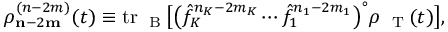
\rho _ { { \bf n } - 2 { \bf m } } ^ { ( n - 2 m ) } ( t ) \equiv \mathrm { t r } _ { \mathrm { ~ \tiny ~ B ~ } } \big [ \big ( \hat { f } _ { K } ^ { n _ { K } - 2 m _ { K } } \cdots \hat { f } _ { 1 } ^ { n _ { 1 } - 2 m _ { 1 } } \big ) ^ { \circ } \rho _ { \mathrm { ~ \tiny ~ T ~ } } ( t ) \big ] ,